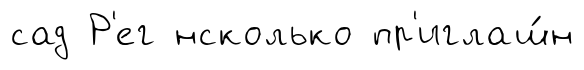
сад Р'ег нсколько пр'иглаш́н